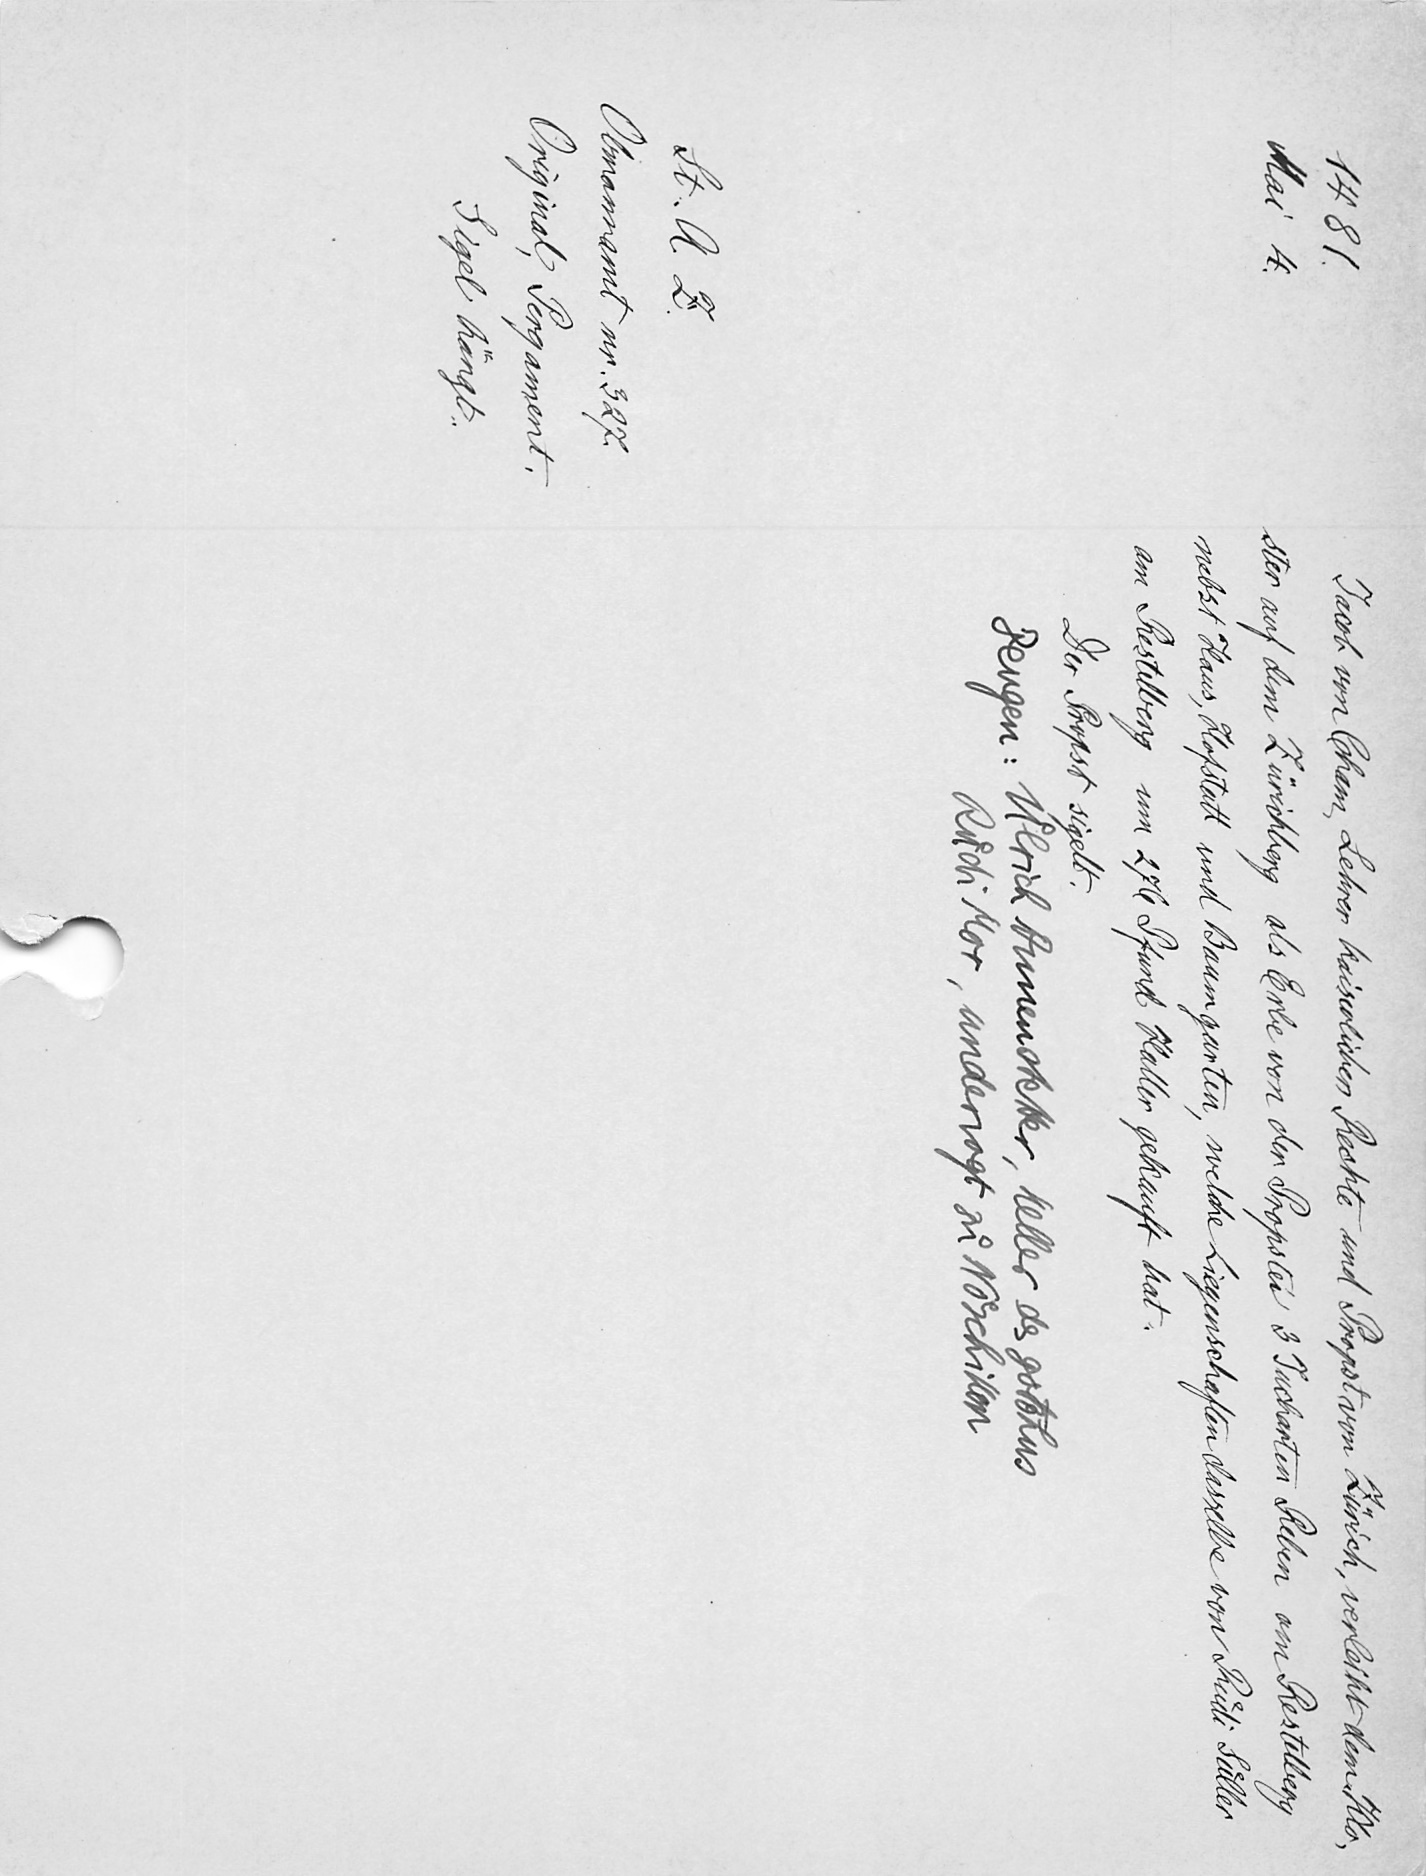
Jacob von Cham, Lehrer kaiserlichen Rechte und Propst von Zürich verleiht dem Klo¬
ster auf dem Zürichberg als Erbe von der Propstei 3 Jucharten Reben am Restelberg
nebst Haus, Hofstatt und Baumgarten, welche Liegenschaften dasselbe von Ruͤdi Suͤller
am Restelberg um 276 Pfund Haller gekauft hat.
Der Propst sigelt.
Zeugen: Uͦlrich Annenstetter, Keller des gotshus
Ruͤdi Mor, undervogt zuͦ Noͤschikon

1481.
Mai 4.
St. A. Z.
Obmannamt nr. 327.
Original Pergament.
Sigel hängt.